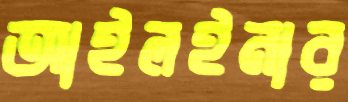
আইলইনার